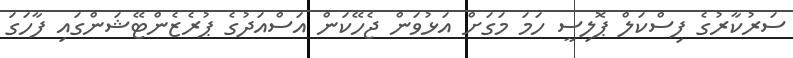
ސަރުކާރުގެ ފިސްކަލް ޕޮލިސީ ހަމަ މަގަށް އަޅުވަން ޖެހޭކަން އަސްއަދުގެ ޕުރެޒެންޓޭޝަންގައި ފާހަގަ